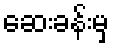
ဆေးခန်းမှ